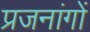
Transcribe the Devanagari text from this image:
प्रजनांगों